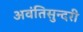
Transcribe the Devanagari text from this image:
अवंतिसुन्दरी